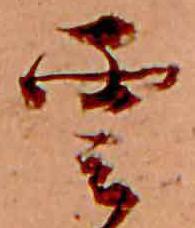
雲